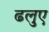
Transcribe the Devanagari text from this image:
ढलुए